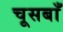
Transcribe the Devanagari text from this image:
चूसबाँ